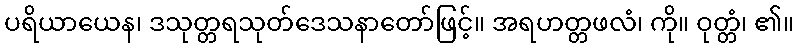
ပရိယာယေန၊ ဒသုတ္တရသုတ်ဒေသနာတော်ဖြင့်။ အရဟတ္တဖလံ၊ ကို။ ဝုတ္တံ၊ ၏။